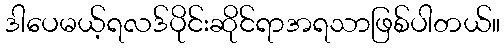
ဒါပေမယ့်ရလဒ်ပိုင်းဆိုင်ရာအရသာဖြစ်ပါတယ်။